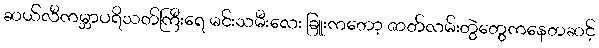
ဆယ်လီကမ္ဘာပရိသတ်ကြီးရေ မင်းသမီးလေး ခြူးကတော့ ဇာတ်လမ်းတွဲတွေကနေတဆင့်